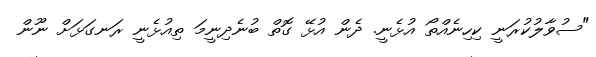
"ސުވާލުކުރަނީ ކިހިނެއްތޯ އުޅެނީ. ދެން އުޅޭ ގޮތް ބުނެދިނީމަ ތިއުޅެނީ ރަނގަޅަށް ނޫން